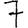
Digit: 7